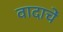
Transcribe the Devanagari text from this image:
वादाचें